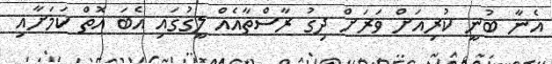
އެނާ ބުނީ ކުރިއަށް ވަރަށް ދިގު ރާސްތާއެއް ލީގުގައި އެބަ އޮތް ކަމަށާއި